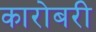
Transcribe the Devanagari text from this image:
कारोबरी